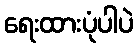
ရေးထားပုံပါပဲ